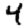
Digit: 4